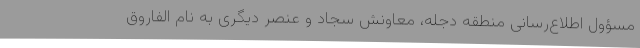
مسؤول اطلاع‌رسانی منطقه دجله، معاونش سجاد و عنصر دیگری به نام الفاروق